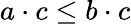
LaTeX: a\cdot c\leq b\cdot c